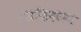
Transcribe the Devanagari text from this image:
माज़िदरान